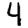
Digit: 4